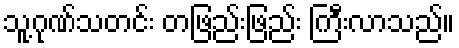
သူ့ဂုဏ်သတင်း တဖြည်းဖြည်း ကြီးလာသည်။